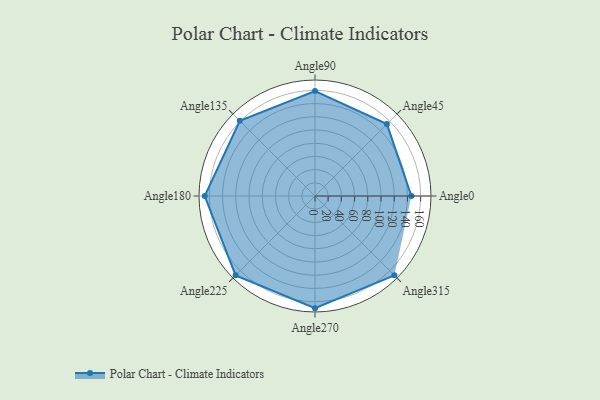
{"axis": {"x": "Angle", "y": "Radius"}, "legend": [""], "data": [{"x": "Angle0", "y": 146.0, "type": ""}, {"x": "Angle45", "y": 154.0, "type": ""}, {"x": "Angle90", "y": 159.0, "type": ""}, {"x": "Angle135", "y": 161.0, "type": ""}, {"x": "Angle180", "y": 167.0, "type": ""}, {"x": "Angle225", "y": 170, "type": ""}, {"x": "Angle270", "y": 170, "type": ""}, {"x": "Angle315", "y": 170, "type": ""}]}